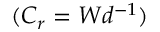
( C _ { r } = W d ^ { - 1 } )